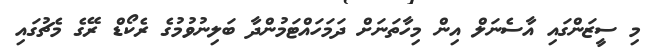
މި ސީޒަންގައި އާސެނަލް އިން މިހާތަނަށް ދަމަހައްޓަމުންދާ ބަލިނުވުމުގެ ރެކޯޑް ރޭގެ މެޗުގައި